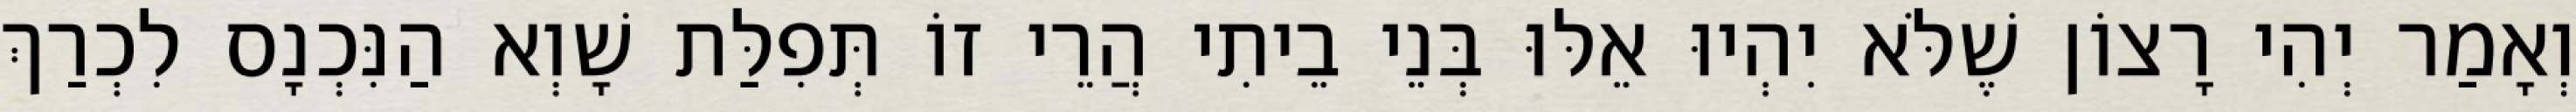
וְאָמַר יְהִי רָצוֹן שֶׁלֹּא יִהְיוּ אֵלּוּ בְּנֵי בֵיתִי הֲרֵי זוֹ תְּפִלַּת שָׁוְא הַנִּכְנָס לִכְרַךְ